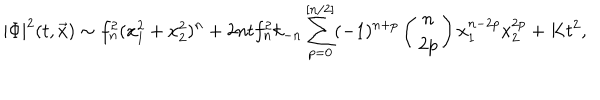
| \Phi | ^ { 2 } ( t , \vec { x } ) \sim f _ { n } ^ { 2 } ( x _ { 1 } ^ { 2 } + x _ { 2 } ^ { 2 } ) ^ { n } + 2 n t f _ { n } ^ { 2 } k _ { - n } \sum _ { p = 0 } ^ { [ n / 2 ] } ( - 1 ) ^ { n + p } \left( \begin{array} { c } { { n } } \\ { { 2 p } } \\ \end{array} \right) x _ { 1 } ^ { n - 2 p } x _ { 2 } ^ { 2 p } + K t ^ { 2 } ,